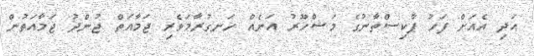
އަދި އެއަށް ފަހު ޕާކިސްތާނުގެ މަޝްހޫރު އަނެއް ހަނގުރާމަވެރި ޖަމާއަތް ޖުންދު ޖަމާއަތުން